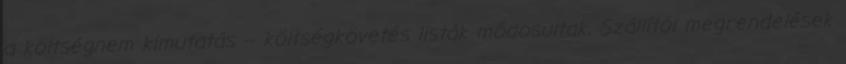
a költségnem kimutatás – költségkövetés listák módosultak. Szállítói megrendelések